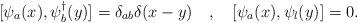
LaTeX: \begin{align*}[\psi_{a} (x), \psi_{b}^{\dagger} (y)] = \delta_{ab} \delta (x-y) \quad ,\quad [\psi_{a} (x), \psi_{l} (y)]=0.\end{align*}